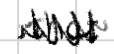
Text: that
Cross-out: zig-zag
Writing tool: digital_black